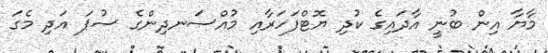
މާޔާ އިން ބުނީ އާދައިގެ ކުދި ޔޮޓްފަހަރާއި މުއްސަނދިންގެ ސުޕަ އަދި މެގަ